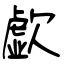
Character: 歔